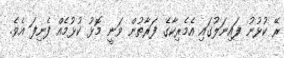
ރޭ ކުޅުނު ފައިނަލުގައި އެމެރިކާގެ ފަރާތުން ވަނީ މޮޅު ކުޅުމެއް ފެނިފަ އެވެ.